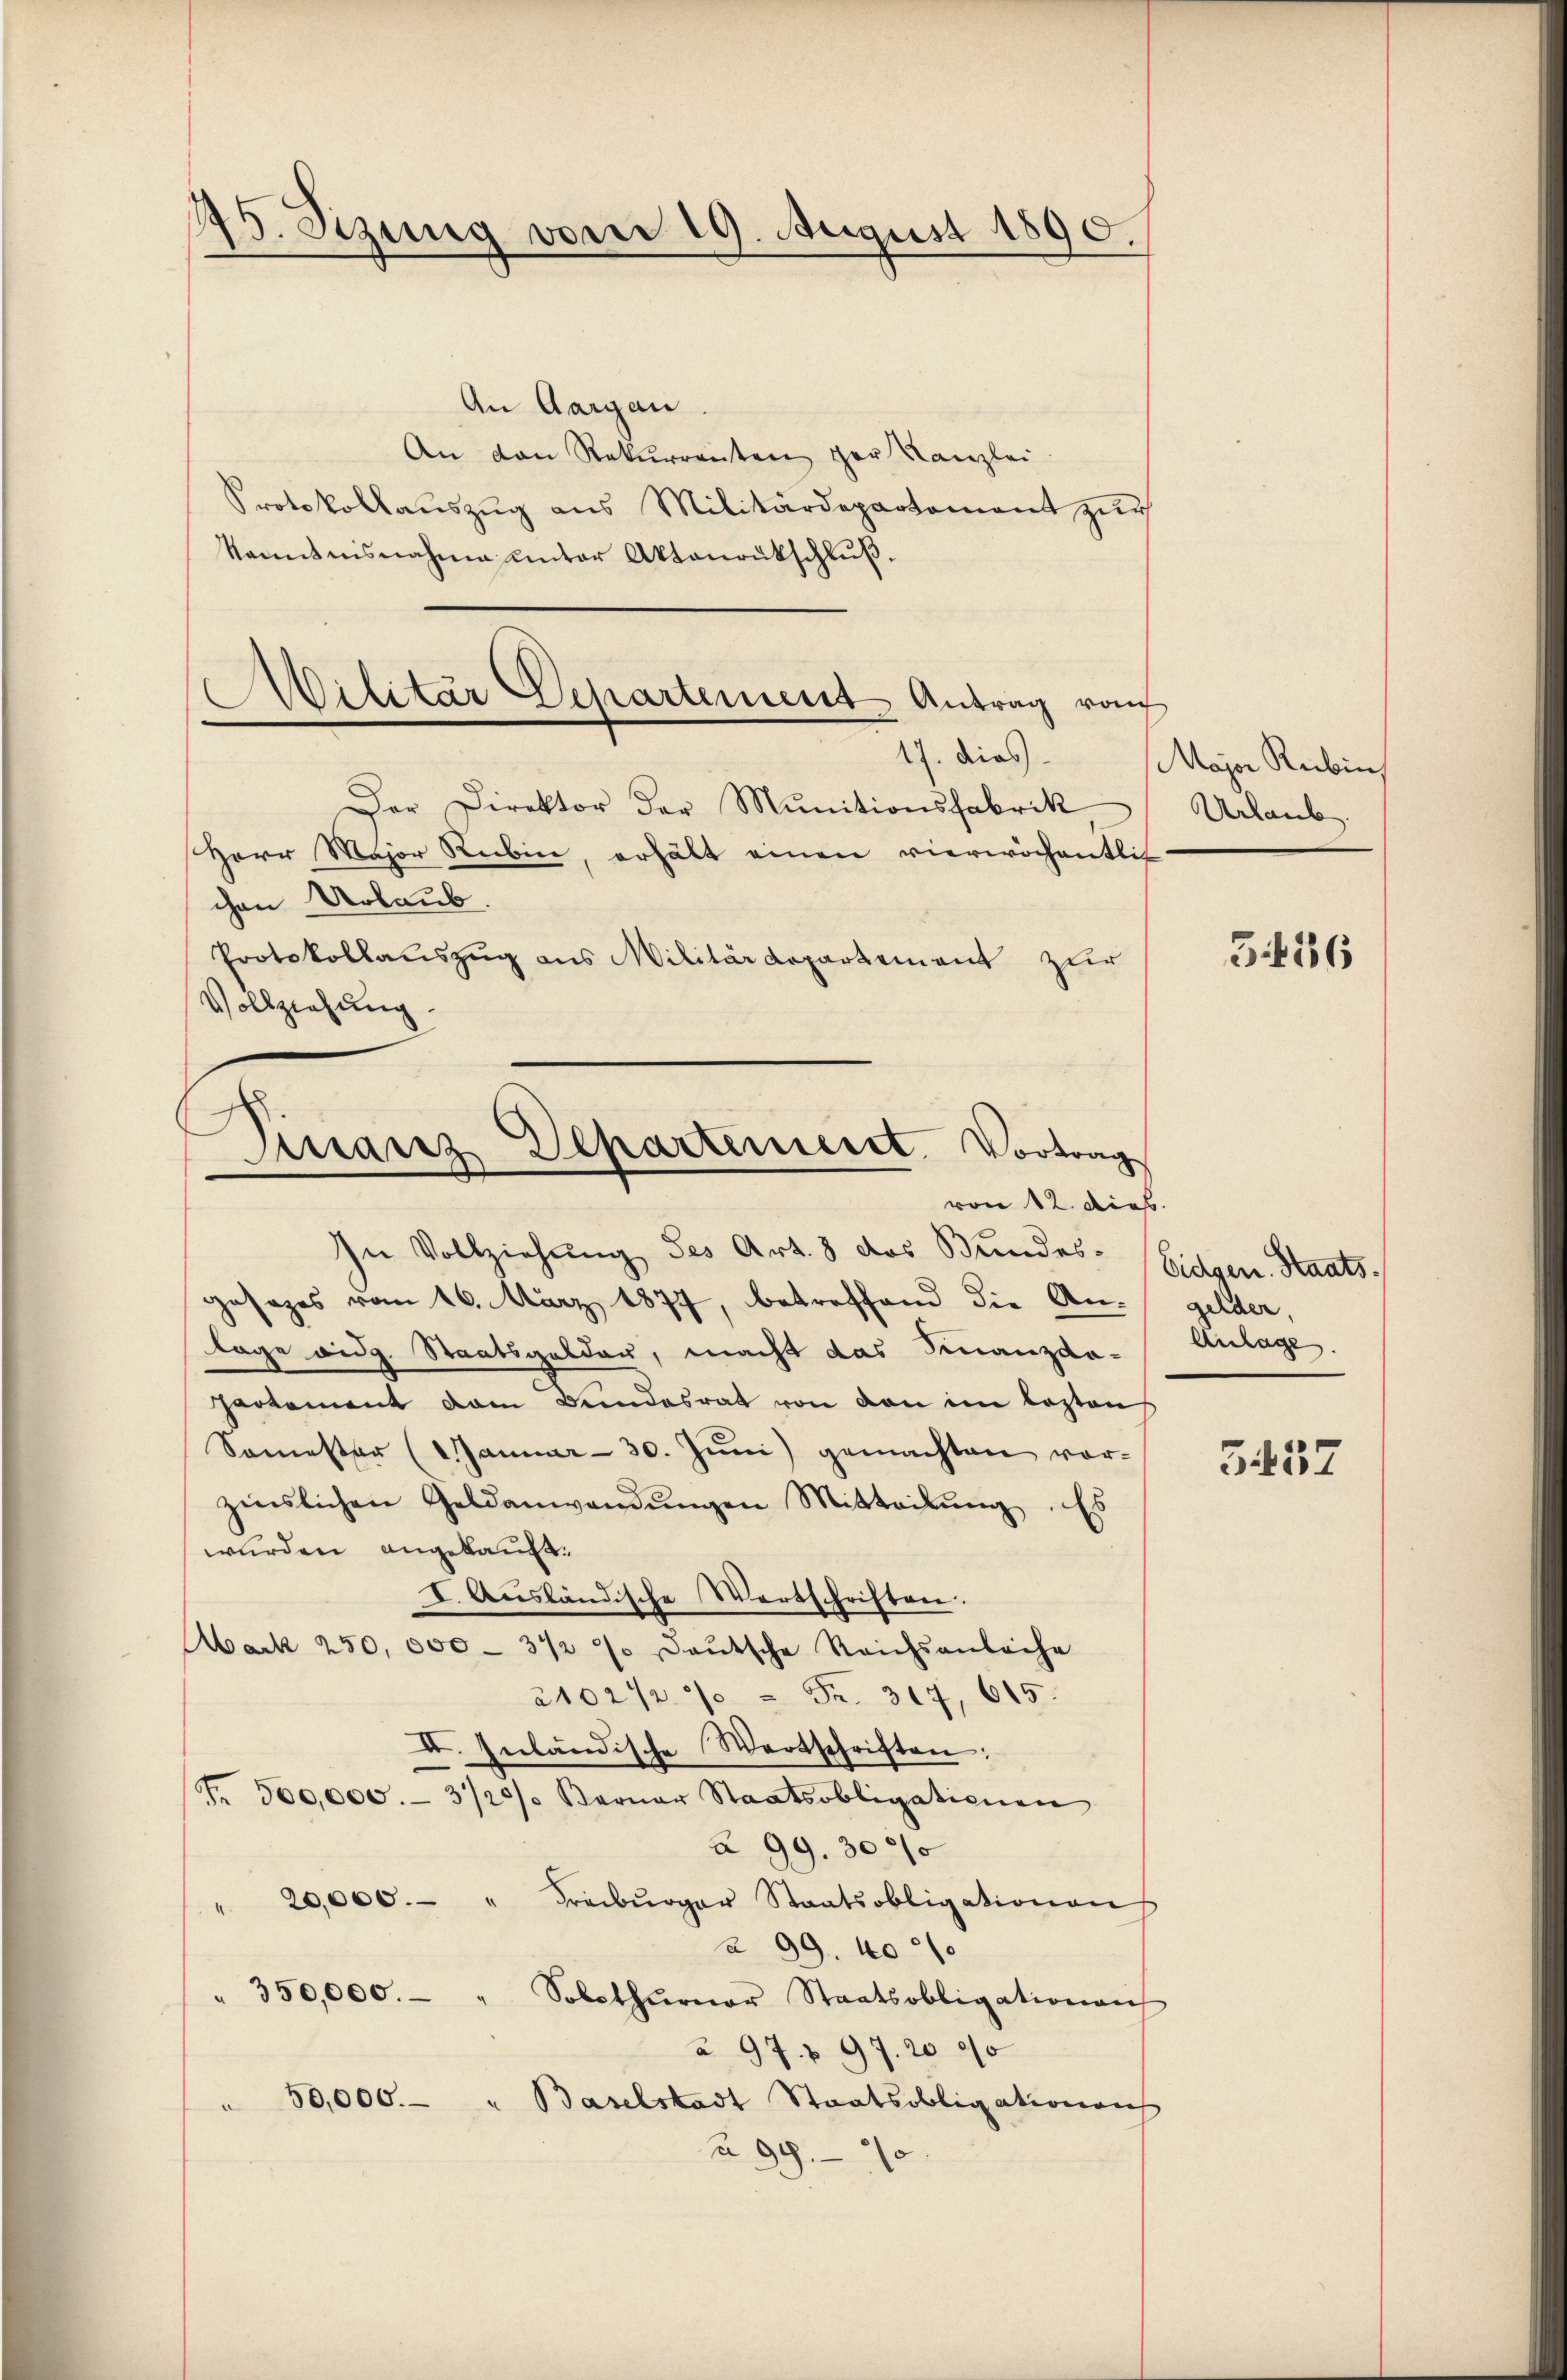
45. Sizung vom 19. August 1890.

Militär Departement Antrag von
17. dies

An Aargau
An den Rekurrenten der Kanzlei
Protokollaŭszŭg ans Militärdepartement zŭr
kanntnisnahme unter Aktaurukschluß.
Der Direktor der Munitionsfabrik
Herr Major Rubin, erhält einen vierwöchentlic
chen Urlaub.
Protokollauszug aus Militärdepartement zur
Vollziehung

Finanz Departement. Vortrag
von 12. dies

In Vollziehung des Art. 3 das Bundes Eidgen. Staatsgesages vom 16. März 1877, betreffend die An-
lage eidg. Staatsgelder, macht das Finanzda-
hartement dem Bundesrat von den im lezten
Somester (Januar - 30. Jŭni) gemachten vor-
zinslichen Geldanwendŭngen Mitteilŭng Es
wurden angekauft.
I. Ausländische Wortschriften.
Mark 250,000 - 312 % deŭtsche Reichsanleihe
2102 1/2 % " Fr. 317, 615.
I. Inländische Wortschriften:
Fr. 500,000.- 3/20/. Berner Staatsobligationen
à 99. 3000
20,000. " Freiburger Staatsobligationen
a 99. 400
" 350,000.- " Solothurner Staatsobligationen
à 97. 497. 2000
50,000.- " Baselstadt Staatsobligationens
§ 99. 70

Major Rubin,
Urlaub.

336

gelder,
Anlage.

5457